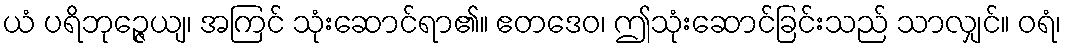
ယံ ပရိဘုဉ္ဇေယျ၊ အကြင် သုံးဆောင်ရာ၏။ ဧတဒေဝ၊ ဤသုံးဆောင်ခြင်းသည် သာလျှင်။ ဝရံ၊